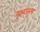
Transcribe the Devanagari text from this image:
सूक्ष्मजंतूला